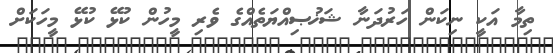
ތިމާ އަކީ ނިކަން ހަރުދަނާ ޝަޚުޞިއްޔަތެއްގެ ވެރި މީހުން ކުޅޭ ކުޅޭ މީހަކަށް